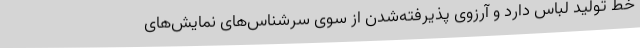
خط تولید لباس دارد و آرزوی پذیرفته‌شدن از سوی سرشناس‌های نمایش‌های